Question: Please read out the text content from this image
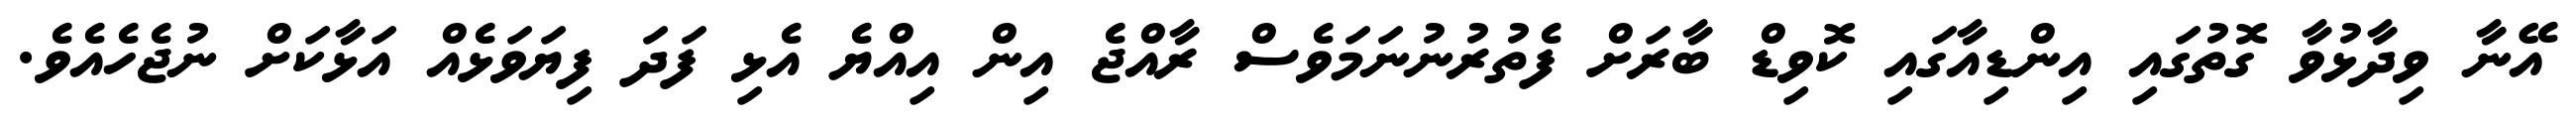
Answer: އޭނާ ވިދާޅުވާ ގޮތުގައި އިންޑިއާގައި ކޮވިޑް ބާރަށް ފެތުރުނުނަމަވެސް ރާއްޖެ އިން އިއްޔެ އެޅި ފަދަ ފިޔަވަޅެއް އަޅާކަށް ނުޖެހެއެވެ.